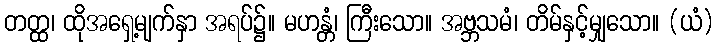
တတ္ထ၊ ထိုအရှေ့မျက်နှာ အရပ်၌။ မဟန္တံ၊ ကြီးသော။ အဗ္ဘသမံ၊ တိမ်နှင့်မျှသော။ (ယံ)